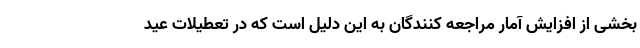
بخشی از افزایش آمار مراجعه کنندگان به این دلیل است که در تعطیلات عید